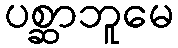
ပစ္ဆာဘူမေ